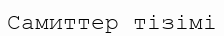
Самиттер тізімі